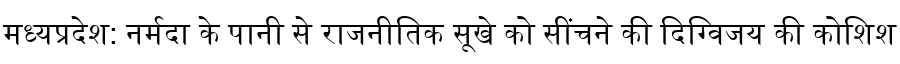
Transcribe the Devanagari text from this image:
मध्यप्रदेश: नर्मदा के पानी से राजनीतिक सूखे को सींचने की दिग्विजय की कोशिश